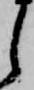
し